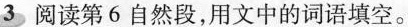
3 阅读第6自然段，用文中的词语填空。